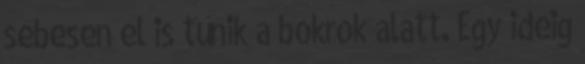
sebesen el is tűnik a bokrok alatt. Egy ideig